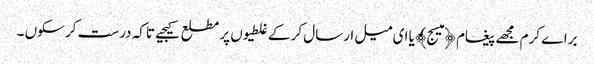
براے کرم مجھے پیغام ﴿میسج﴾ یا ای میل ارسال کر کے غلطیوں پر مطلع کیجیے تاکہ درست کر سکوں ۔